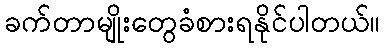
ခက်တာမျိုးတွေခံစားရနိုင်ပါတယ်။